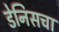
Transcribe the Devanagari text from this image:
डेनिसचा